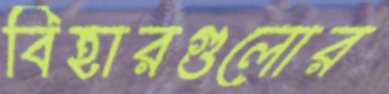
বিহারগুলোর